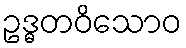
ဥဒ္ဓတဝိသောဝ